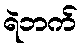
ရဲဘက်